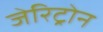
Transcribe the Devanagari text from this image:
जेरिट्रोन